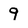
Character: 9